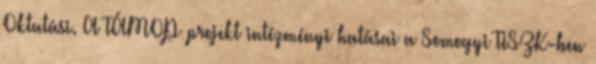
Oktatási. A TÁMOP projekt intézményi hatásai a Somogyi TISZK-ben